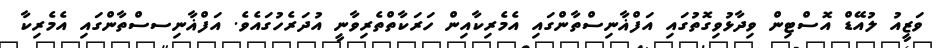
ވަޒީއު ލުއޭޑް އޮސްޓިން ވިދާޅުވިގޮތުގައި އަފްޣާނިސްތާންގައި އެމެރިކާއިން ހަރަކާތްތެރިވާނީ އުދަރެހުގައެވެ. އަފްޣާނިސސްތާންގައި އެމެރިކާ